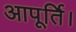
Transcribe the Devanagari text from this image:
आपूर्ति।